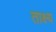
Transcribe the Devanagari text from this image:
ताक्ष्य